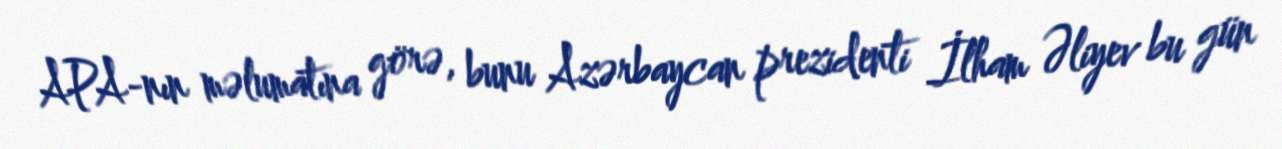
APA-nın məlumatına görə, bunu Azərbaycan prezidenti İlham Əliyev bu gün